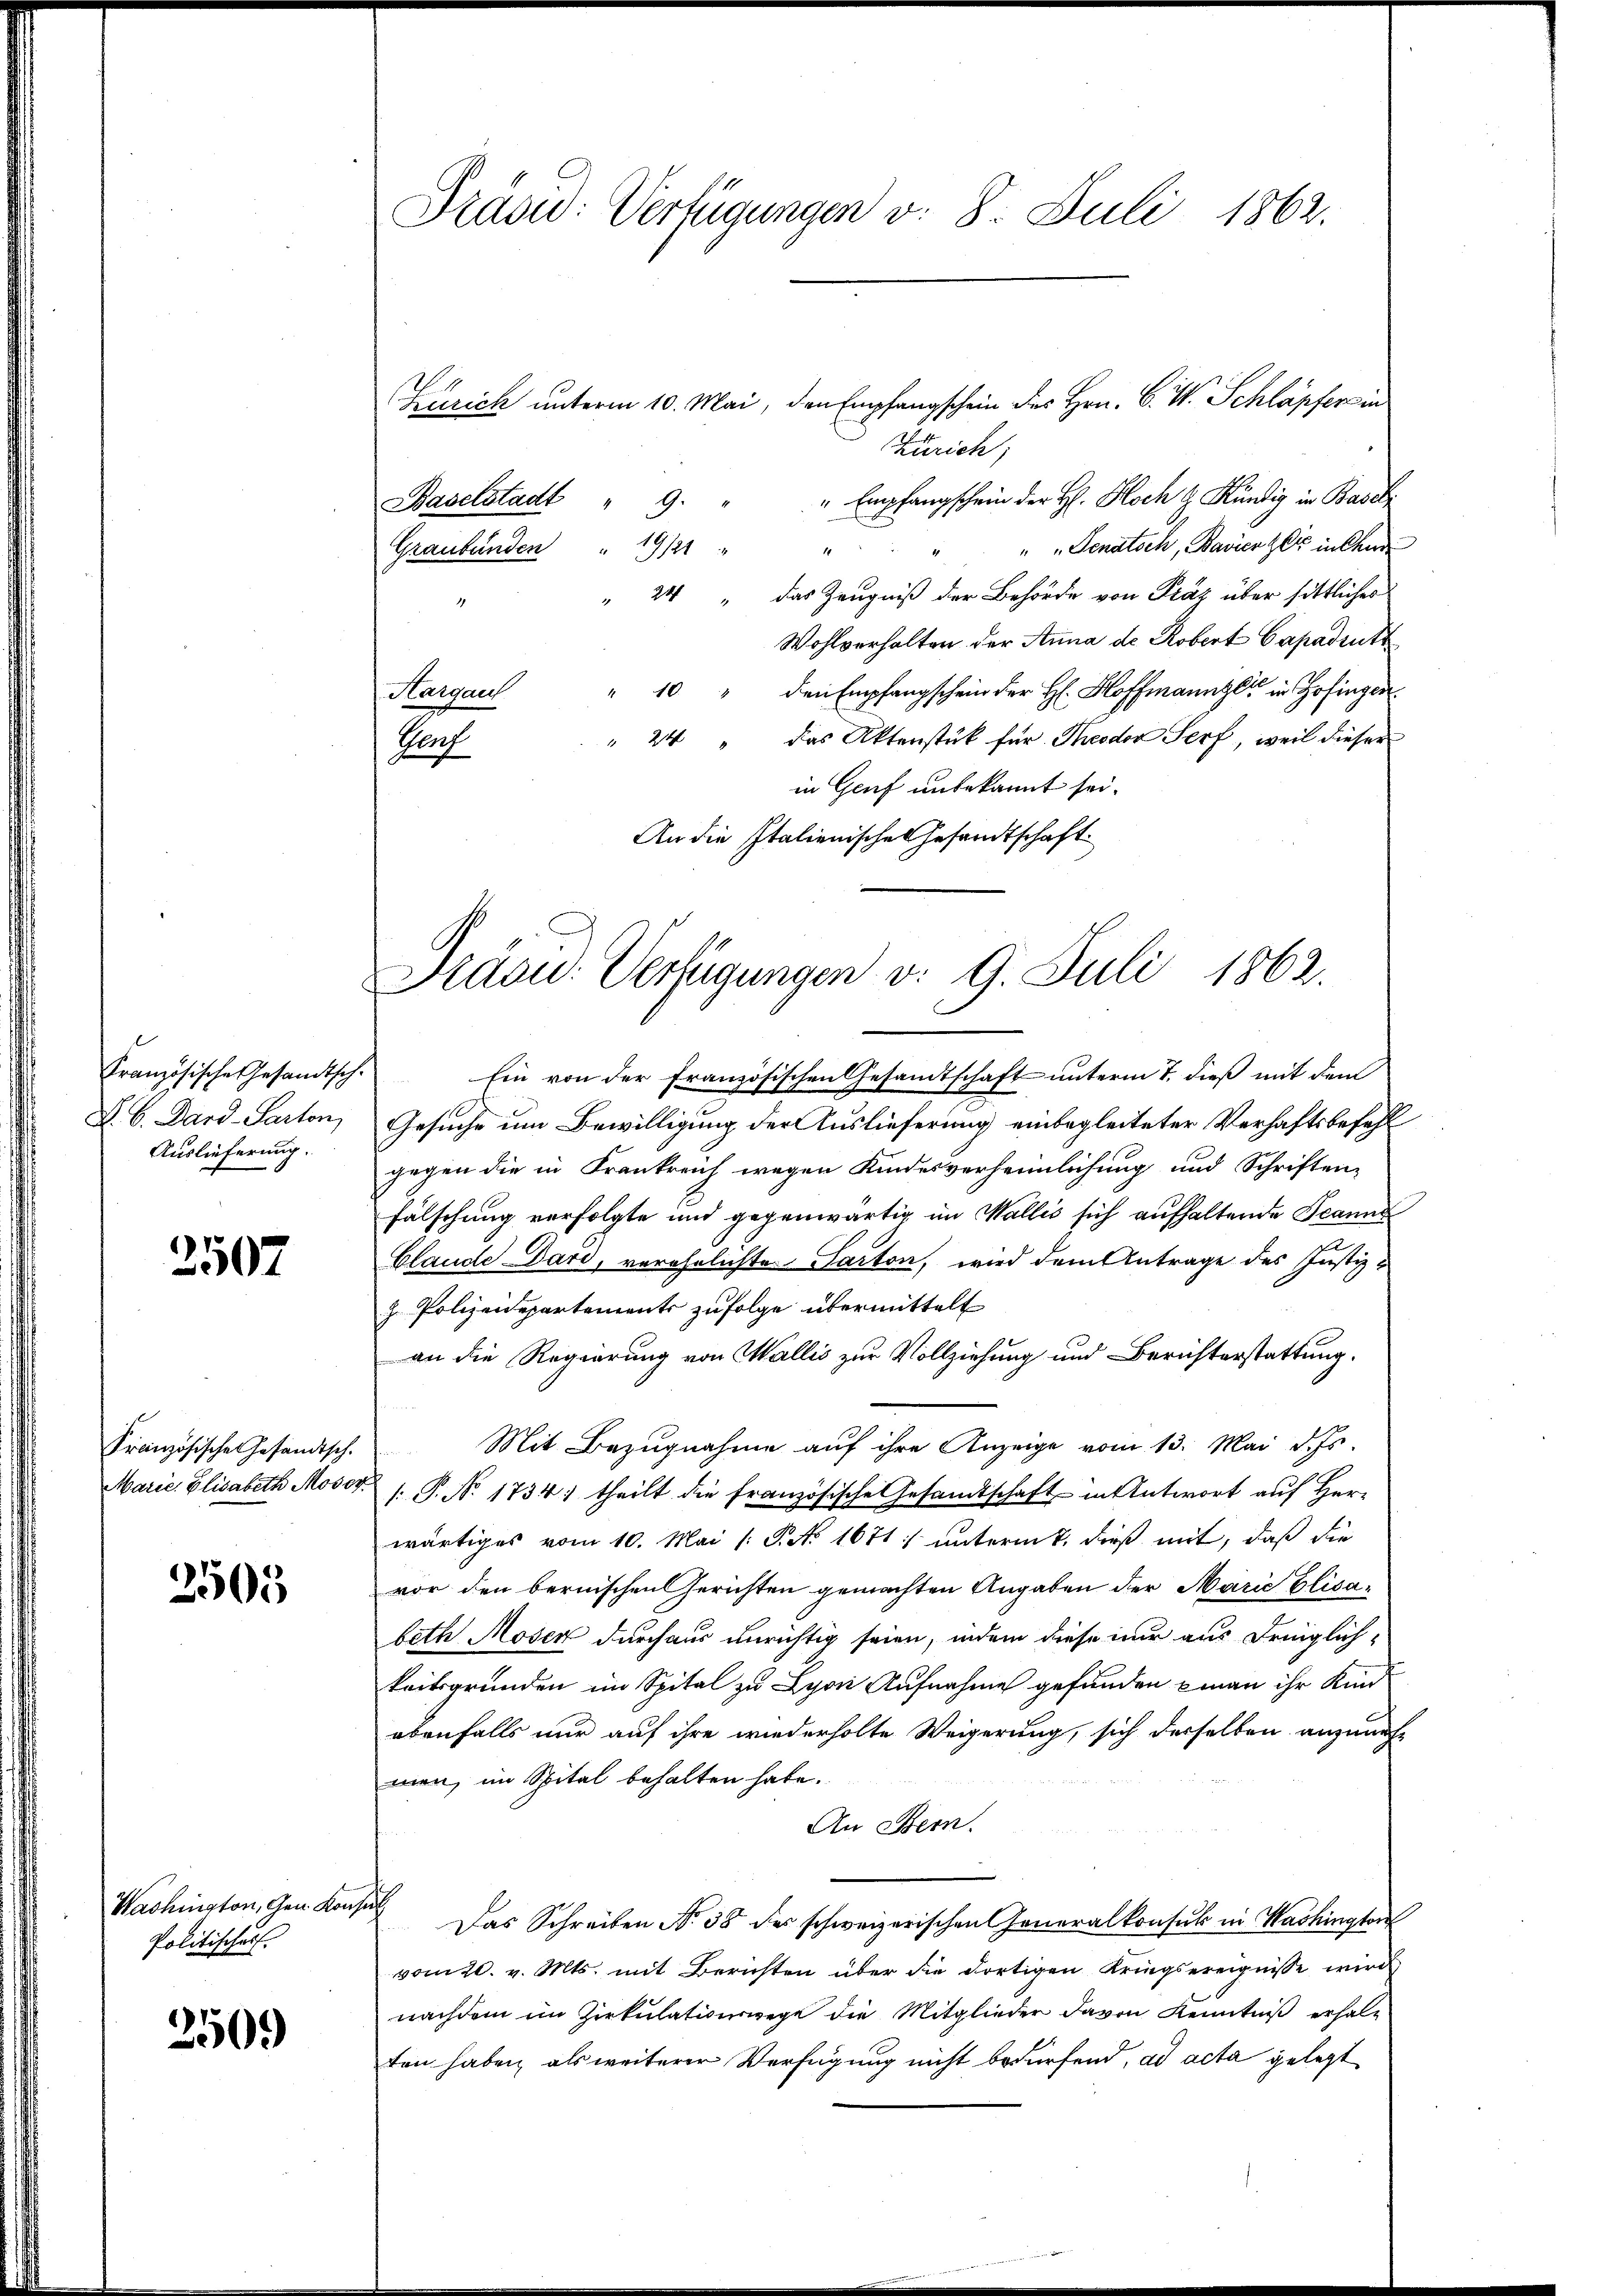
Französische Gesandtsch-
D. C. Dard-Parton
Auslieferung.

2507

Französischen Gesandtsch.
Marie, Elisabeth Moser.

2505

Washington, Gen. Konz
Politisches

250.)

Präsid: Verfügungen v. 8. Juli 1862.

Krich unterm 10. Mai, den Empfangschein des Hrn. C. W. Schläpfers in
Zürich;
" Empfangschein der H. Koch H. Kündig in Basel
" " Senatsch, Bavierzer in Chud
1
24 das Zeugniß der Behörde von Präz über sittliches
Wohlverhalten der Anna de Robert Capadrutt
" 10 " den Empfangschein der H: Hoffmanne in Zofingen
Kargaul
" 24 " das Aktenstück für Theodor Serf, weil dieser
Hof
in Genf unbekannt sei.
An die Italienische Gesandtschaft.
Ein von der Französischen Gesandtschaft unterm 7. dieß mit den
Gesuche um Bewilligung der Auslieferung einbegleiteter Verhaftsbefehl
gegen die in Frankreich wegen Kindesverheimlichung und Schriften-
Fälschung verfolgte und gegenwärtig im Wallis sich aufhaltende Jeanne
Claude Dard, verehelichte Sacton, wird dem Antrage des Justiz-
z. Polizeidepartements zufolge übermittelt
an die Regierung von Wallis zur Vollziehung und Berichterstattung.
Mit Bezugnahme auf ihre Anzeige vom 13. Mai d. Js.
.P. Nr. 1734) theilt die französische Gesandtschaft in Antwort auf Herr
wärtiges vom 10. Mai /: P. No 1671) unterm 7. dieß mit, daß die
vor den bernischen Gerichten gemachten Angaben der Marie Elisabeth Moser durchaus unrichtig seien, indem diese nur aus dringlich-
keitsgrunden im Spital zu Lyon Aufnahme gefunden man ihr Kind
ebenfalls nur auf ihre wiederholte Weigerung, sich derselben anzunehmen, im Spital behalten habe.
An Bern.
ch
Das Schreiben No 38 der schweizerischen Generalkonsul in Washingter
vom 20. v. Mts. mit Berichten über die dortigen Kriegsereignisse wird
nachdem im Zirkulationswege die Mitglieder davon Kenntniß erhalten haben, als weiterer Verfügung nicht bedürfend, ad acta gelegt

Baselstadt " 9 "
Graubünden 19/21 "

Präsid. Verfügungen v. 9. Juli 1862.